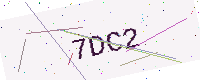
Text: 7DC2